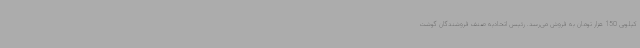
کیلویی 150 هزار تومان به فروش می‌رسد. رئیس اتحادیه صنف فروشندگان گوشت